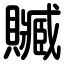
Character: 贓